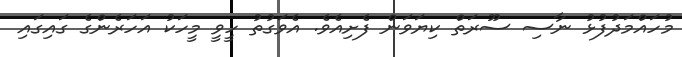
މުހައްމަދުފުޅު ނާސި ސޫރަތް ކިޔަވަން ފެށިއެވެ. އެވަގުތު ހީވީ މީހަކު އަހަރެންގެ ގައިގައި